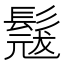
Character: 𮫎